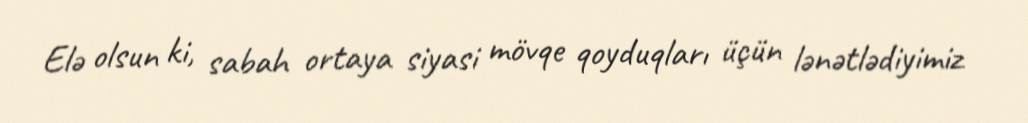
Elə olsun ki, sabah ortaya siyasi mövqe qoyduqları üçün lənətlədiyimiz